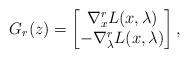
LaTeX: \begin{align*}G_r(z)=\begin{bmatrix}\nabla^r_x {L}(x,\lambda)\\-\nabla^r_\lambda {L}(x,\lambda)\end{bmatrix}, \end{align*}